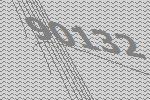
90132